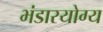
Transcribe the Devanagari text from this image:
भंडारयोग्य